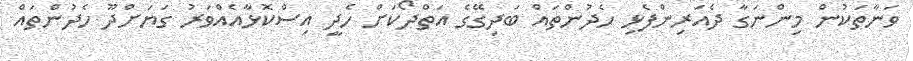
ވަނާތަކުން މިންނަގާ ދެއަރިންފެޅި ހެދުންތައް ބަދިގޭގެ އަތްދޯކަށް ހެދީ އިސްކޮޅާއެއްވަރު ގަޔަށްދޫ ހެދުންތައް